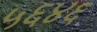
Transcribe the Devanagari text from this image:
५६४६